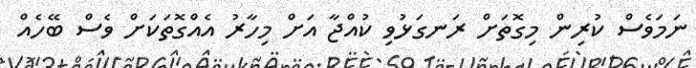
ނަމަވެސް ކުރިން މިގޮތަށް ރަނގަޅުވި ކުއްޖާ އަށް މިހާރު އެއްގޮތަކަށް ވެސް ބޭހެއް